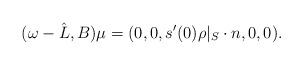
LaTeX: \begin{align*}(\omega-\hat{L},B)\mu=(0,0,s'(0)\rho|_S\cdot n,0,0).\end{align*}